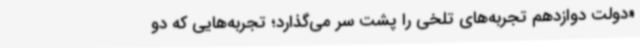
«دولت دوازدهم تجربه‌های تلخی را پشت سر می‌گذارد؛ تجربه‌هایی که دو